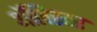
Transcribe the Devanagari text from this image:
अॅलिस्टर